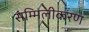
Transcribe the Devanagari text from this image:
सम्मिलीकरण